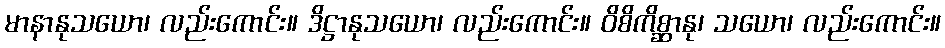
မာနာနုသယော၊ လည်းကောင်း။ ဒိဋ္ဌာနုသယော၊ လည်းကောင်း။ ဝိစိကိစ္ဆာနု၊ သယော၊ လည်းကောင်း။